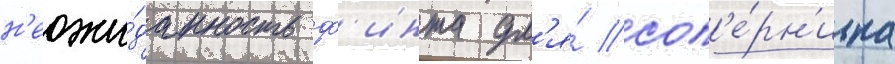
н'еожи́данность ф'инта дл'я́ соп'е́рн'ика